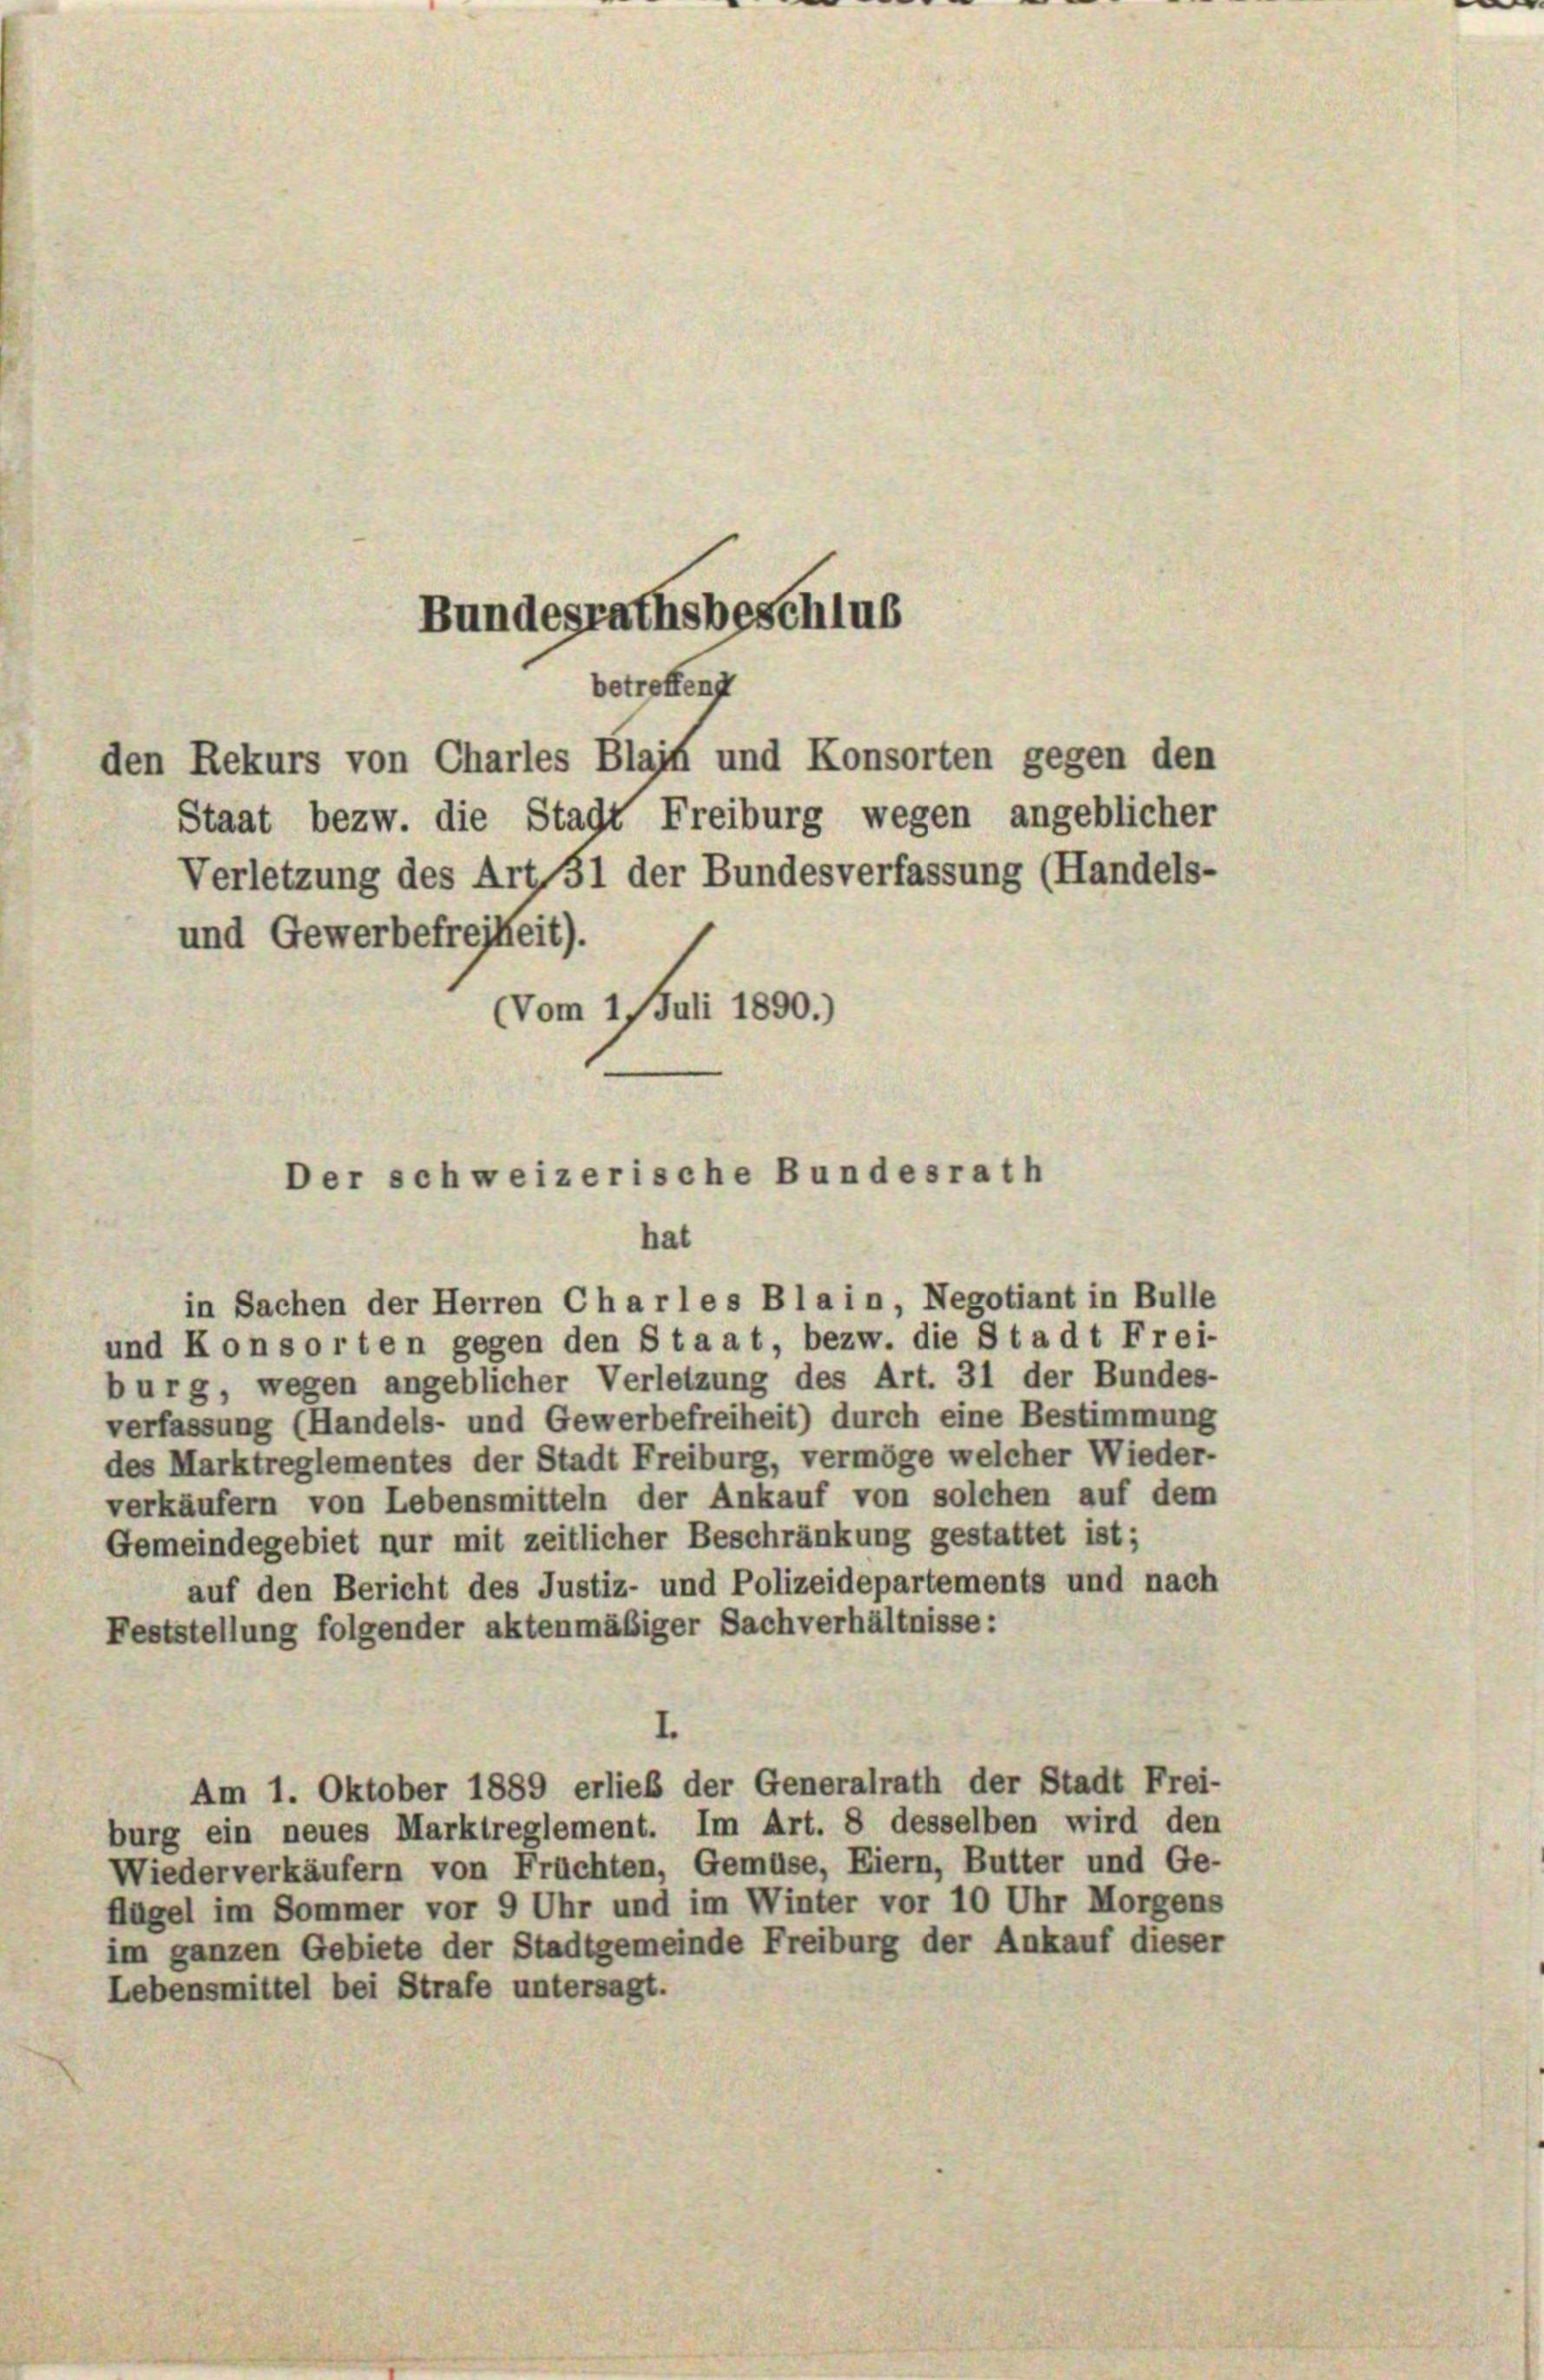
Bundesrathsbeschluß
betreffend

und Gewerbefreiheit).

den Rekurs von Charles Blaif und Konsorten gegen den
Verletzung des Art. 51 der Bundesverfassung (Handels-
Vom 1 Juli 1890.)

Der schweizerische Bundesrath
hat
in Sachen der Herren Char les Blain, Negotiant in Bulle

Staat bezw. die Stadt Freiburg wegen angeblicher

und Konsorten gegen den Staat, bezw. die Stadt Frei-
burg, wegen angeblicher Verletzung des Art. 31 der Bundes-
verfassung (Handels- und Gewerbefreiheit) durch eine Bestimmung
des Marktreglementes der Stadt Freiburg, vermöge welcher Wieder-
verkäufern von Lebensmitteln der Ankauf von solchen auf dem
Gemeindegebiet nur mit zeitlicher Beschränkung gestattet ist;
auf den Bericht des Justiz- und Polizeidepartements und nach
Feststellung folgender aktenmäßiger Sachverhältnisse:
Am 1. Oktober 1889 erlieb der Generalrath der Stadt Frei-
burg ein neues Marktreglement. Im Art. 8 desselben wird den
Wiederverkäufern von Früchten, Gemüse, Eiern, Butter und Ge-
flügel im Sommer vor 9 Uhr und im Winter vor 10 Uhr Morgens
im ganzen Gebiete der Stadtgemeinde Freiburg der Ankauf dieser
Lebensmittel bei Strafe untersagt.